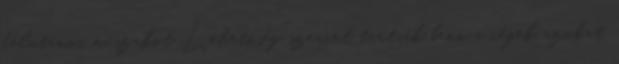
délutános műszakot Lehetőség szerint tartsák benn a cégek azokat